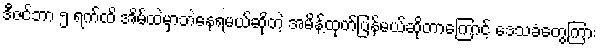
ဒီဇင်ဘာ ၅ ရက်ထိ အိမ်ထဲမှာဘဲနေရမယ်ဆိုတဲ့ အမိန့်ထုတ်ပြန်မယ်ဆိုတာကြောင့် ဒေသခံတွေကြား